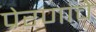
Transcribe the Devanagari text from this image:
प्रेरणांचे